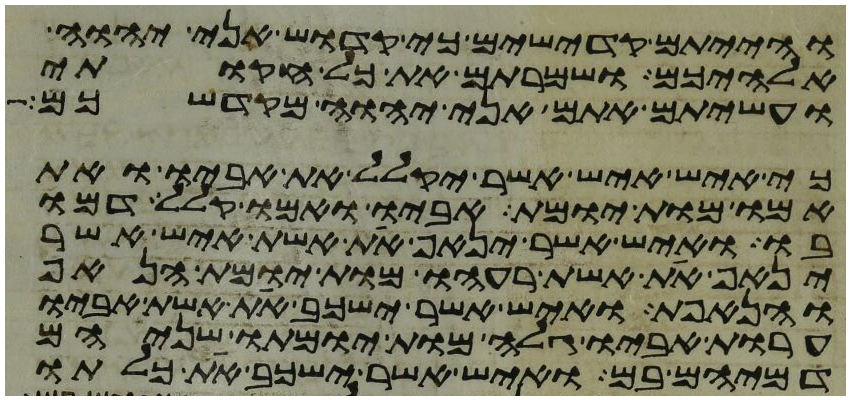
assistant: והייתם קדישים כי קדוש אני יהוה
אלהיכם ושמרתם את כל חקותי
ועשיתם אתם אני יהוה מקדשכם
כי איש איש אשר יקלל את אביו ואת
אמו מות יומת אביו ואמו קלל דמו
בו ואיש אשר ינאף את אשת איש אשר
ינאף את אשת רעהו מות יומת הנאף
והנאפת ואיש אשר ישכב את אשת אביו
ערות אביו גלה מות יומתו שניהם
דמיהם בם ואיש אשר ישכב את כלתו